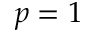
p = 1